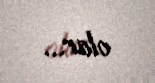
olar...